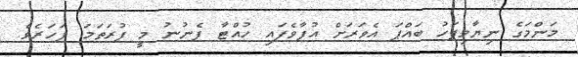
މަންމަގެ ނިޔާވިފަހު ބައްޕަ އެވަރަށް އުފާވެފައި ހުއްޓާ ފެނުނު މީ ފުރަތަމަ ފަހަރެވެ.